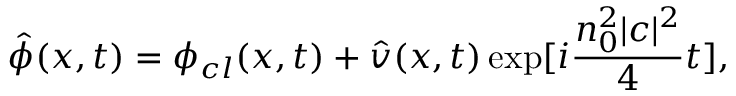
\hat { \phi } ( x , t ) = \phi _ { c l } ( x , t ) + \hat { v } ( x , t ) \exp [ { { i \frac { n _ { 0 } ^ { 2 } | c | ^ { 2 } } { 4 } t } } ] ,